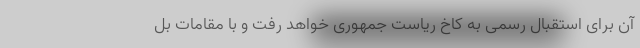
آن برای استقبال رسمی به کاخ ریاست جمهوری خواهد رفت و با مقامات بل